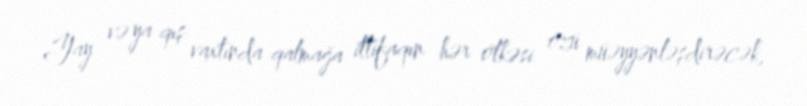
Yay və ya qış vaxtında qalmağa ittifaqın hər ölkəsi özü müəyyənləşdirəcək,